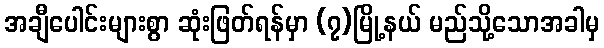
အချီပေါင်းများစွာ ဆုံးဖြတ်ရန်မှာ (၇)မြို့နယ် မည်သို့သောအခါမှ